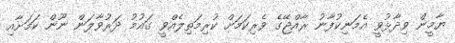
ޔާމީން ވިދާޅުވީ އެމަނިކުފާނު ރާއްޖޭގެ ވެރިކަމަށް ކުރިމަތިލެއްވީ ގައުމު ދަރުވާލަން ނޫން ކަމަށާއި